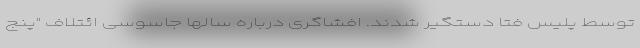
توسط پلیس فتا دستگیر شدند. افشاگری درباره سالها جاسوسی ائتلاف "پنج